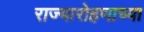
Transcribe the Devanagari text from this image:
राज्यारोहणाच्या